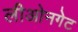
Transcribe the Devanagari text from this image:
लीओनगेट